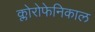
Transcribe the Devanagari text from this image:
क्लोरोफेनिकाल